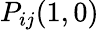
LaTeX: P_{ij}(1,0)